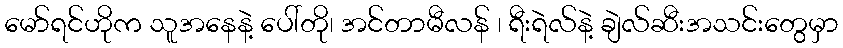
မော်ရင်ဟိုက သူအနေနဲ့ ပေါ်တို၊ အင်တာမီလန် ၊ ရီးရဲလ်နဲ့ ချဲလ်ဆီးအသင်းတွေမှာ